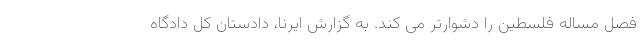
فصل مساله فلسطین را دشوارتر می کند. به گزارش ایرنا، دادستان کل دادگاه